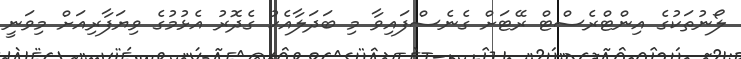
ލޯނުތަކުގެ އިންޓްރެސްޓް ރޭޓަށް ގެނެސްފައިވާ މި ބަދަލާއެކު ގެދޮރު އެޅުމުގެ ވިޔަފާރިއަށް މިވަނީ